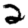
Digit: 2